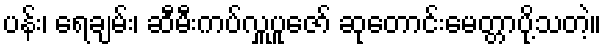
ပန်း၊ ရေချမ်း၊ ဆီမီးကပ်လှူပူဇော် ဆုတောင်းမေတ္တာပို့သတဲ့။